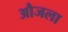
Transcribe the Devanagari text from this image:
औजला